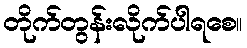
တိုက်တွန်းလိုက်ပါရစေ။